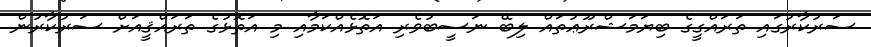
ސަރުކާރުގައި ތަރައްގީގެ ބިޔަމަޝްރޫޢުތައް ލިބޭ ނަސީބުވެރި އަތޮޅެއްކަމާއި މި އަތޮޅުގެ ތަރައްޤީއަށް ސަރުކާރުން